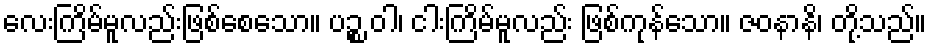
လေးကြိမ်မူလည်းဖြစ်စေသော။ ပဉ္စ ဝါ၊ ငါးကြိမ်မူလည်း ဖြစ်ကုန်သော။ ဇဝနာနိ၊ တို့သည်။